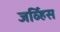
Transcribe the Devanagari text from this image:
जर्व्हिस